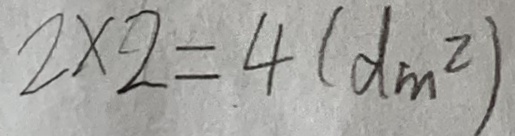
2 \times 2 = 4 ( d m ^ { 2 } )